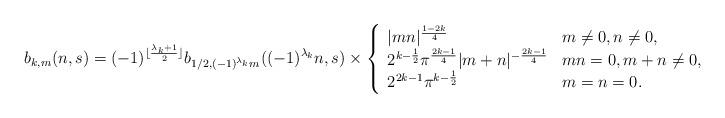
LaTeX: \begin{align*}b_{k,m}(n,s) = (-1)^{\lfloor \frac{\lambda_k+1}{2} \rfloor}b_{1/2,(-1)^{\lambda_k}m}((-1)^{\lambda_k}n,s) \times \left\{\begin{array}{ll}|mn|^{\frac{1-2k}{4}} & m \neq 0, n \neq 0,\\2^{k-\frac{1}{2}}\pi^{\frac{2k-1}{4}}|m+n|^{-\frac{2k-1}{4}} & mn=0, m+n \neq 0,\\2^{2k-1}\pi^{k-\frac{1}{2}} & m=n=0.\end{array} \right.\end{align*}